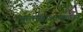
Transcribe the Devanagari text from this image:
आत्मसाक्षात्काराने